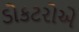
ડોકટરોએ